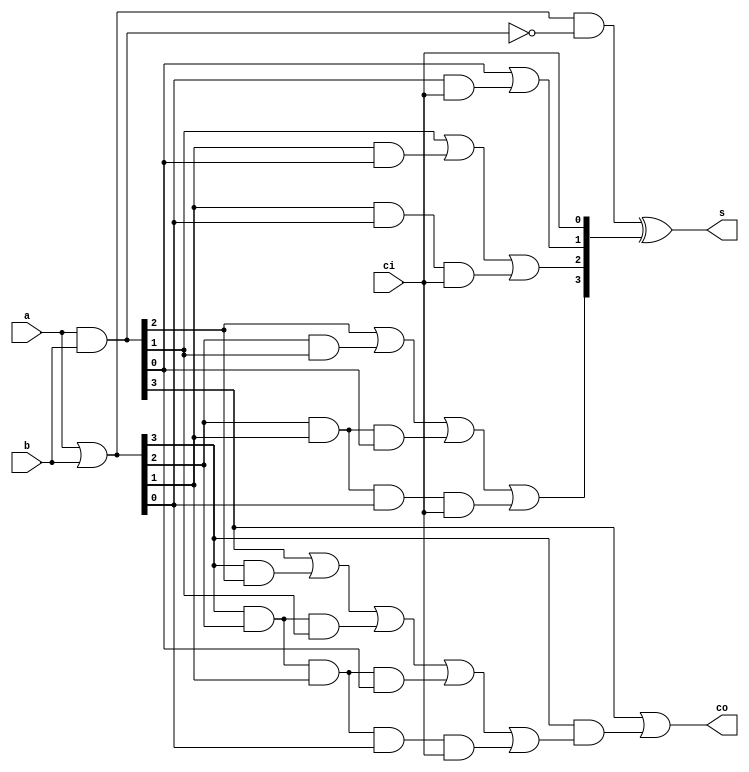
module adder_4bits(a,b,ci,s,co);
    input [3:0] a,b;
	input ci;
	output reg[3:0] s;
	output reg co;
	wire[3:0] P,G,C;
	
	assign P=a|b;
	assign G=a&b;
	assign C={  G[3] | P[3]&G[2] | P[3]&P[2]&G[1] | P[3]&P[2]&P[1]&G[0] | P[3]&P[2]&P[1]&P[0]&ci,
	            G[2] | P[2]&G[1] | P[2]&P[1]&G[0] | P[2]&P[1]&P[0]&ci,
			    G[1] | P[1]&G[0] | P[1]&P[0]&ci,
			    G[0] | P[0]&ci
	};
	always@(*)
	    begin
		    s=P & ~G ^ {C[2:0],ci};
			co=G[3] | P[3]&C[3];
		end
endmodule